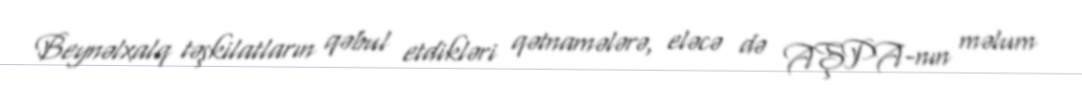
Beynəlxalq təşkilatların qəbul etdikləri qətnamələrə, eləcə də AŞPA-nın məlum